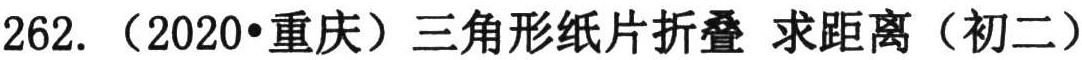
262. （2020•重庆）三角形纸片折叠 求距离（初二）